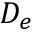
D _ { e }